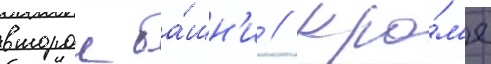
второи ба́шн'и // Кро́м'е